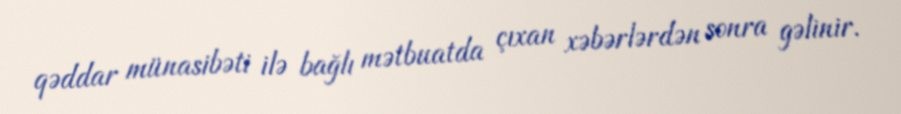
qəddar münasibəti ilə bağlı mətbuatda çıxan xəbərlərdən sonra gəlinir.